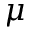
\mu